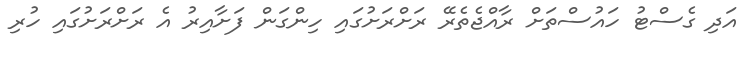
އަދި ގެސްޓު ހައުސްތަށް ރާއްޖެތެރޭ ރަށްރަށުގައި ހިންގަން ފަށާއިރު އެ ރަށްރަށުގައި ހުރި